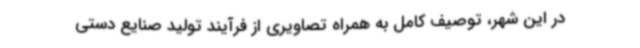
در این شهر، توصیف کامل به همراه تصاویری از فرآیند تولید صنایع دستی